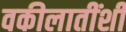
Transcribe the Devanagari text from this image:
वकीलातींशी